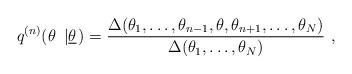
\begin{align*}q^{(n)}(\theta ~\left\vert \underline{\theta }\right. )=\frac{\Delta (\theta_{1},\ldots ,\theta _{n-1},\theta ,\theta _{n+1},\ldots ,\theta _{N})}{\Delta (\theta _{1},\ldots ,\theta _{N})}~,\end{align*}